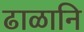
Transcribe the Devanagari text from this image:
ढाळानि